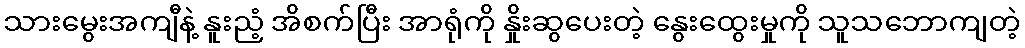
သားမွေးအကျီနဲ့ နူးညံ့ အိစက်ပြီး အာရုံကို နှိုးဆွပေးတဲ့ နွေးထွေးမှုကို သူသဘောကျတဲ့